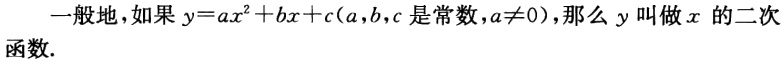
一般地，如果 \(y = ax^{2}+bx + c(a,b,c\) 是常数，\(a\neq0)\)，那么 \(y\) 叫做 \(x\) 的二次函数.